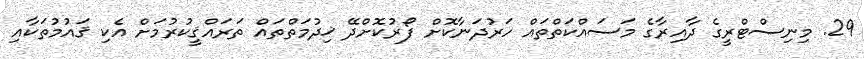
29. މިނިސްޓްރީގެ ދާއިރާގެ މަސައްކަތްތައް ހަރުދަނާކޮށް ފޯރުކޮށްދޭ ޚިދުމަތްތައް ތަރައްޤީކުރުމަށް އެކި ޤައުމުތަކާއި